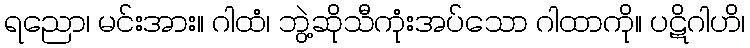
ရညော၊ မင်းအား။ ဂါထံ၊ ဘွဲ့ဆိုသီကုံးအပ်သော ဂါထာကို။ ပဋိဂါဟိ၊